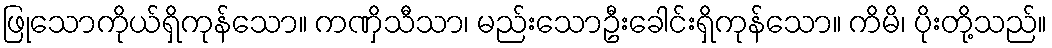
ဖြုသောကိုယ်ရှိကုန်သော။ ကဏှိသီသာ၊ မည်းသောဦးခေါင်းရှိကုန်သော။ ကိမိ၊ ပိုးတို့သည်။